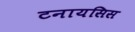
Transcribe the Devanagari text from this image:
टनायसिस